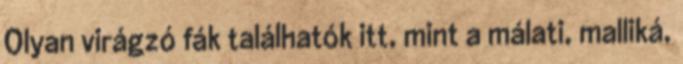
Olyan virágzó fák találhatók itt, mint a málati, malliká,